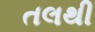
તલથી